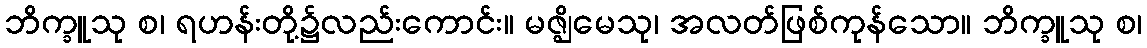
ဘိက္ခူသု စ၊ ရဟန်းတို့၌လည်းကောင်း။ မဇ္ဈိမေသု၊ အလတ်ဖြစ်ကုန်သော။ ဘိက္ခူသု စ၊